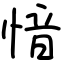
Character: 愔